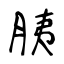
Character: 胰